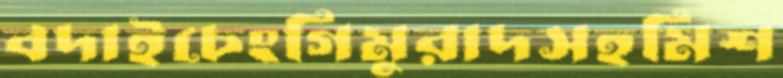
বদাইচেংগিমুরাদসহমিশ